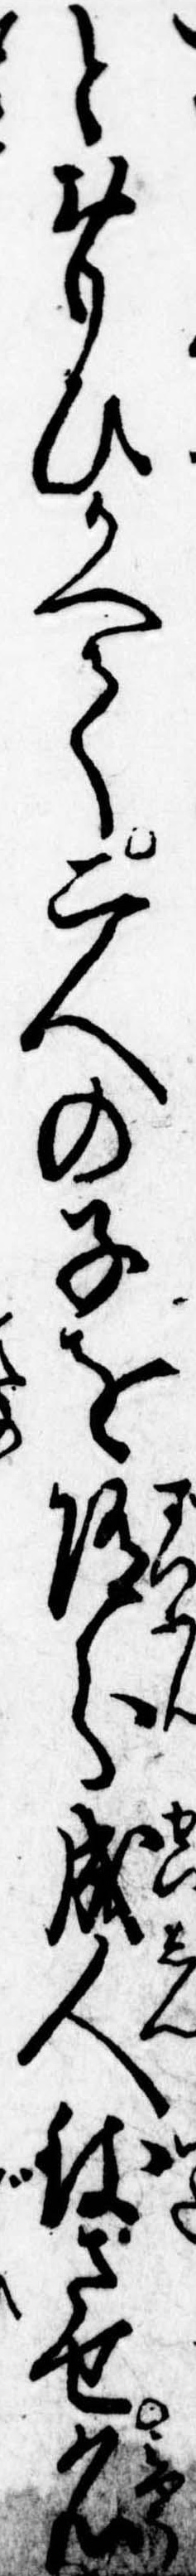
とおもひかへて二人の子を随分成人致させ名